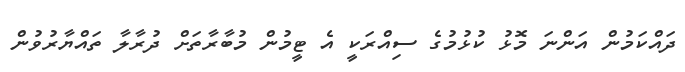
ދައްކަމުން އަންނަ މޮޅު ކުޅުމުގެ ސިއްރަކީ އެ ޓީމުން މުބާރާތަށް ދުރާލާ ތައްޔާރުވުން